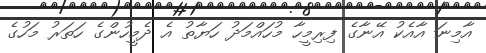
އާމިނަ އާއެކު އޭނާގެ ފިރިމީހާ މުހައްމަދު ހަޔާތު އެ ދެމީހުންގެ ހަތަރު މަހުގެ